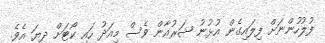
ފުލުހުންނަށް ފިލައިގެން އުޅުނު ޝަރުއާން ވެސް މިއަދު ހައި ކޯޓަށް ދިޔަ އެވެ.